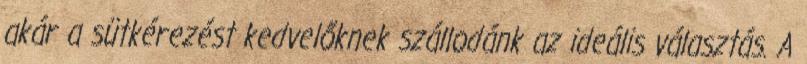
akár a sütkérezést kedvelőknek szállodánk az ideális választás. A